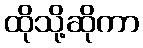
ထိုသို့ဆိုကာ